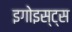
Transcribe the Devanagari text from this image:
इगोइस्ट्स